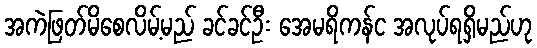
အကဲဖြတ်မိစေလိမ့်မည် ခင်ခင်ဦး အေမရိကန်င အလုပ်ရရှိမည်ဟု